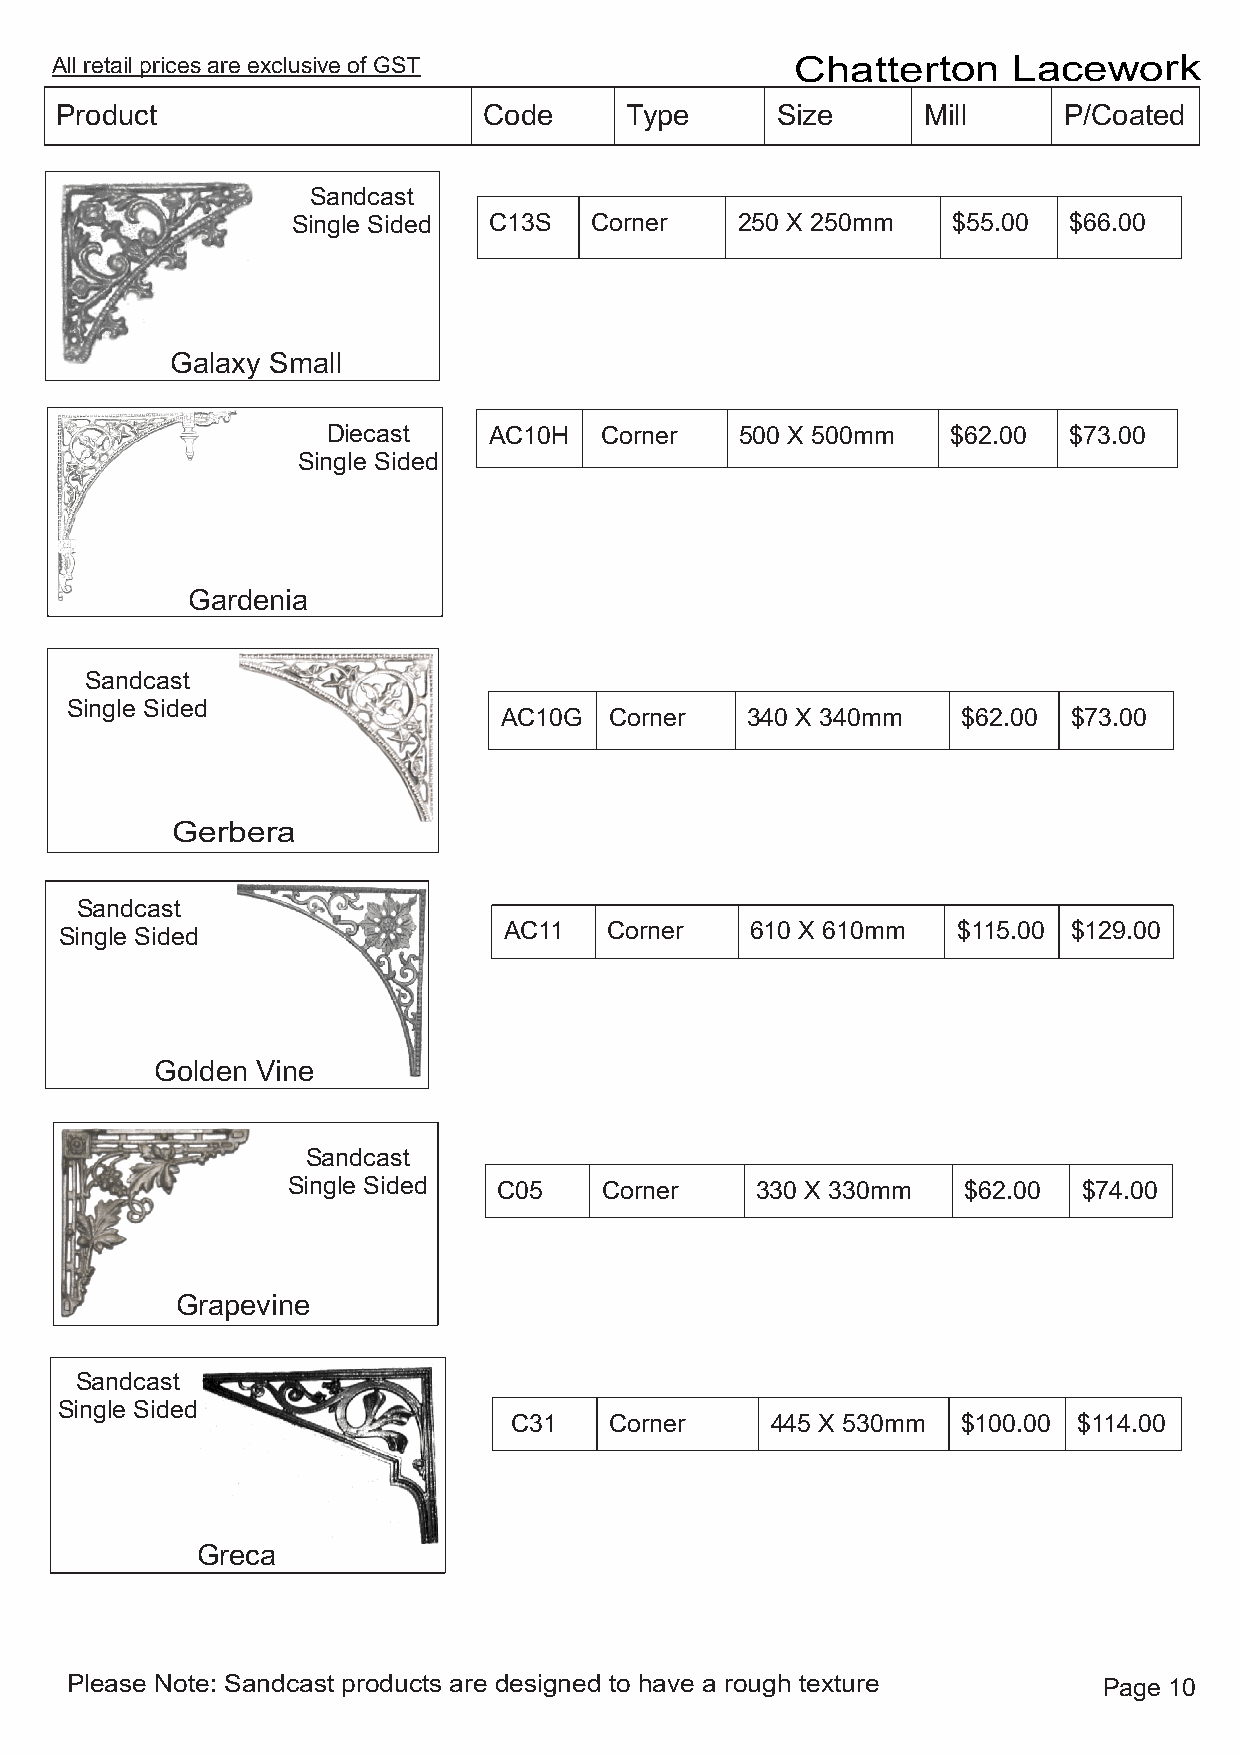
All retail prices are exclusive of GST            Chatterton    Lacework
 Product                     Code     Type      Size      Mill     P/Coated
 Sandcast
 Single Sided C13S   Corner    250 X 250mm   $55.00  $66.00
 Galaxy Small
 Diecast   AC10H   Corner   500 X 500mm   $62.00  $73.00
 Single Sided
 Gardenia
 Sandcast
 Single Sided
 AC10G  Corner   340 X 340mm    $62.00 $73.00
 Gerbera
 Sandcast
 Single Sided                 AC11   Corner    610 X 610mm  $115.00 $129.00
 Golden Vine
 Sandcast
 Single Sided  C05    Corner    330 X 330mm   $62.00  $74.00
 Grapevine
 Sandcast
 Single Sided
 C31   Corner     445 X 530mm  $100.00 $114.00
 Greca
 Please Note: Sandcast products are designed to have a rough texture  Page 10